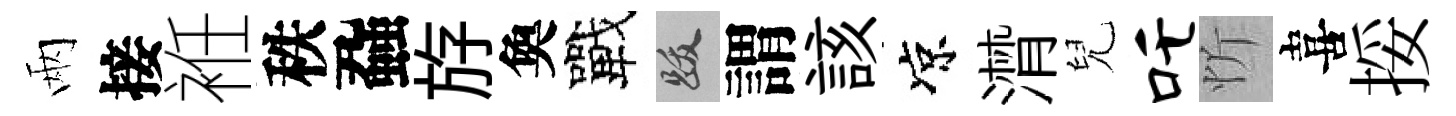
兩接袵秩蝨斿奐戰跋謂該凉潸兒吒忻喜挼